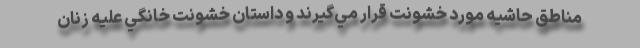
مناطق حاشيه مورد خشونت قرار مي‌گيرند و داستان خشونت خانگي عليه زنان